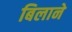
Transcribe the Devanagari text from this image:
बिलाने